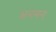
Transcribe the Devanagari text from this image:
अनमन